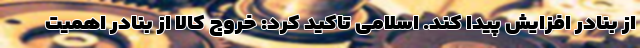
از بنادر افزایش پیدا کند. اسلامی تاکید کرد: خروج کالا از بنادر اهمیت